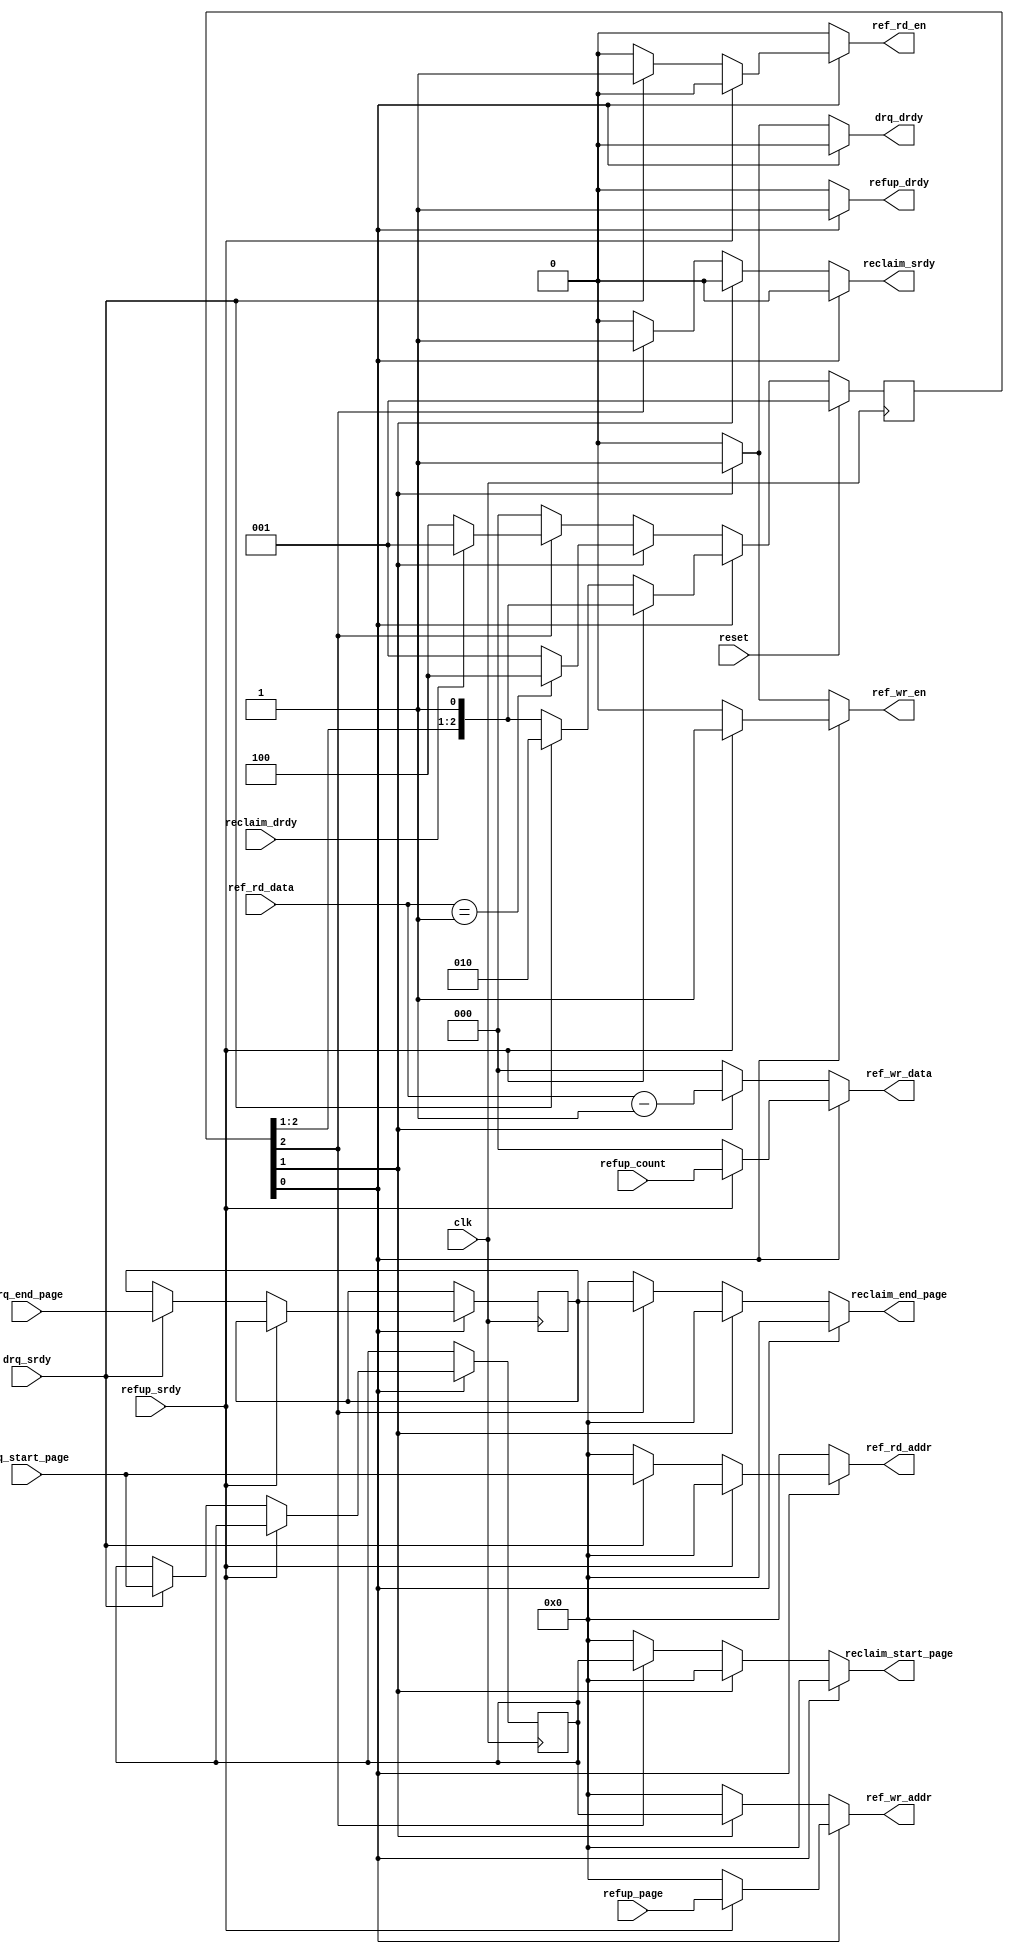
module llmanager_refcount
  #(parameter     lpsz = 8,
    parameter     refsz = 3)
  (
   input clk,
   input reset,

   input            drq_srdy,
   output reg       drq_drdy,
   input [lpsz-1:0]         drq_start_page,
   input [lpsz-1:0]         drq_end_page,

   output reg reclaim_srdy,
   input      reclaim_drdy,
   output reg [lpsz-1:0] reclaim_start_page,
   output reg [lpsz-1:0] reclaim_end_page,

   // reference count update interface
   input                  refup_srdy,
   output reg             refup_drdy,
   input [lpsz-1:0]       refup_page,
   input [refsz-1:0]      refup_count,

   // reference count memory interface
   output reg                ref_wr_en,
   output reg [lpsz-1:0]     ref_wr_addr,
   output reg [refsz-1:0]    ref_wr_data,
   output reg [lpsz-1:0]     ref_rd_addr,
   output reg                ref_rd_en,
   input [refsz-1:0]         ref_rd_data
   );

  reg [lpsz-1:0]          dref_start_addr, nxt_dref_start_addr;
  reg [lpsz-1:0]          dref_end_addr, nxt_dref_end_addr;
  reg [2:0]               state, nxt_state;

  localparam s_idle = 0, s_dreq = 1, s_reclaim = 2;

  always @*
    begin
      reclaim_srdy = 0;
      reclaim_start_page = 0;
      reclaim_end_page = 0;
      ref_wr_en = 0;
      ref_wr_addr = 0;
      ref_wr_data = 0;
      ref_rd_addr = 0;
      ref_rd_en = 0;
      drq_drdy = 0;
      refup_drdy = 0;
      nxt_state = state;
      nxt_dref_start_addr = dref_start_addr;
      nxt_dref_end_addr   = dref_end_addr;

      case (1'b1)
        state[s_idle] :
          begin
            refup_drdy = 1;
            if (refup_srdy)
              begin
                ref_wr_en = 1;
                ref_wr_addr = refup_page;
                ref_wr_data = refup_count;
              end
            else if (drq_srdy)
              begin
                ref_rd_en = 1;
                ref_rd_addr = drq_start_page;
                nxt_state = 1 << s_dreq;
                nxt_dref_start_addr = drq_start_page;
                nxt_dref_end_addr   = drq_end_page;
              end
          end // case: s_idle

        state[s_dreq] :
          begin
            drq_drdy = 1;
            ref_wr_en = 1;
            ref_wr_addr = dref_start_addr;
            ref_wr_data = ref_rd_data - 1;
            if (ref_rd_data == 1)
              nxt_state = 1 << s_reclaim;
            else
              nxt_state = 1 << s_idle;
          end

        state[s_reclaim] :
          begin
            reclaim_srdy = 1;
            reclaim_start_page = dref_start_addr;
            reclaim_end_page = dref_end_addr;
            if (reclaim_drdy)
              nxt_state = 1 << s_idle;
          end
      endcase // case (1'b1)
    end // always @ *

  always @(posedge clk)
    begin
      if (reset)
        begin
          state <= 1 << s_idle;
        end
      else
        begin
          state <= nxt_state;
        end
    end

  always @(posedge clk)
    begin
      dref_start_addr <= nxt_dref_start_addr;
      dref_end_addr   <= nxt_dref_end_addr;
    end

endmodule // llmanager_refcount